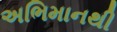
અભિમાનથી